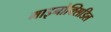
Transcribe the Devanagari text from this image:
माइनोक्सिडिल